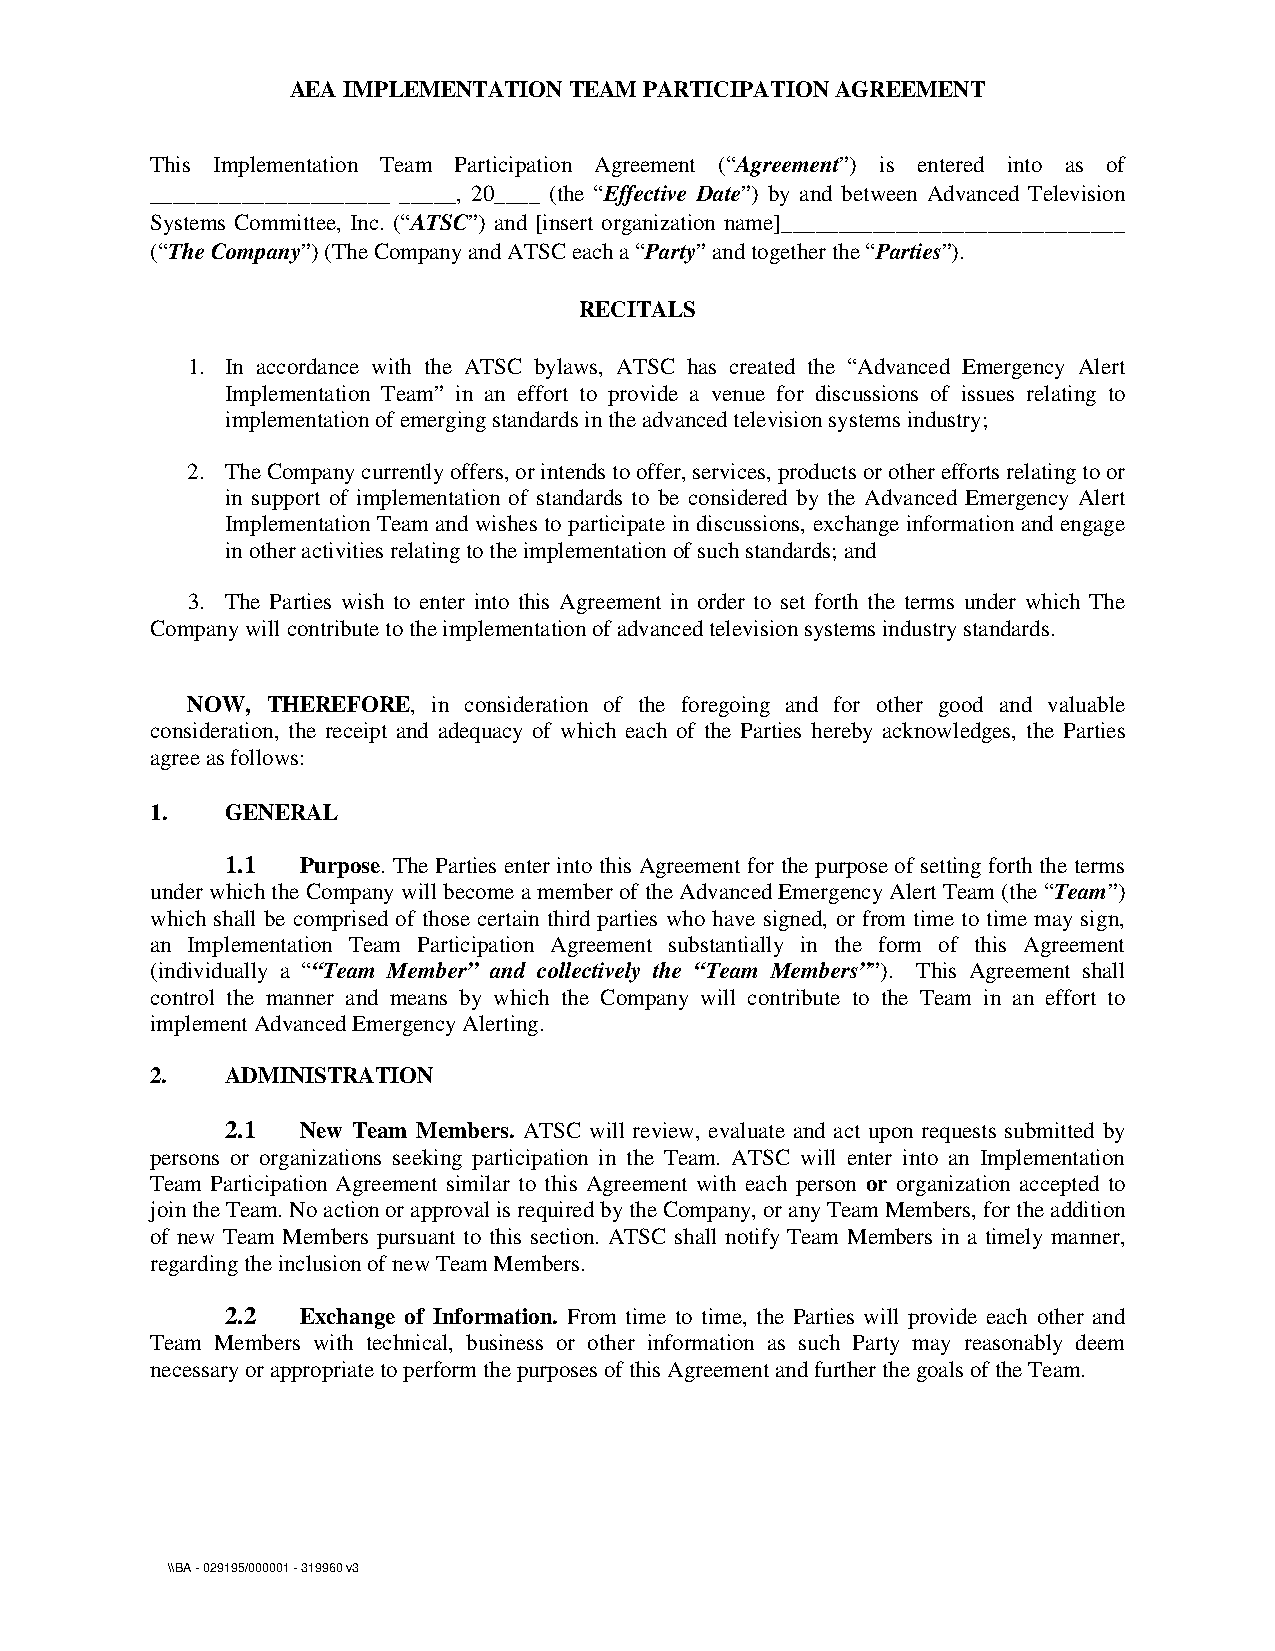
AEA IMPLEMENTATION TEAM PARTICIPATION AGREEMENT
 This Implementation Team Participation Agreement (“Agreement”) is entered into as of
 _____________________ _____, 20____ (the “Effective Date”) by and between Advanced Television
 Systems Committee, Inc. (“ATSC”) and [insert organization name]______________________________
 (“The Company”) (The Company and ATSC each a “Party” and together the “Parties”).
 RECITALS
 1. In accordance with the ATSC bylaws, ATSC has created the “Advanced Emergency Alert
 Implementation Team” in an effort to provide a venue for discussions of issues relating to
 implementation of emerging standards in the advanced television systems industry;
 2. The Company currently offers, or intends to offer, services, products or other efforts relating to or
 in support of implementation of standards to be considered by the Advanced Emergency Alert
 Implementation Team and wishes to participate in discussions, exchange information and engage
 in other activities relating to the implementation of such standards; and
 3. The Parties wish to enter into this Agreement in order to set forth the terms under which The
 Company will contribute to the implementation of advanced television systems industry standards.
 NOW,  THEREFORE, in consideration of the foregoing and for other good and valuable
 consideration, the receipt and adequacy of which each of the Parties hereby acknowledges, the Parties
 agree as follows:
 1.   GENERAL
 1.1  Purpose. The Parties enter into this Agreement for the purpose of setting forth the terms
 under which the Company will become a member of the Advanced Emergency Alert Team (the “Team”)
 which shall be comprised of those certain third parties who have signed, or from time to time may sign,
 an Implementation Team Participation Agreement substantially in the form of this Agreement
 (individually a ““Team Member” and collectively the “Team Members””). This Agreement shall
 control the manner and means by which the Company will contribute to the Team in an effort to
 implement Advanced Emergency Alerting.
 2.   ADMINISTRATION
 2.1  New Team Members. ATSC will review, evaluate and act upon requests submitted by
 persons or organizations seeking participation in the Team. ATSC will enter into an Implementation
 Team Participation Agreement similar to this Agreement with each person or organization accepted to
 join the Team. No action or approval is required by the Company, or any Team Members, for the addition
 of new Team Members pursuant to this section. ATSC shall notify Team Members in a timely manner,
 regarding the inclusion of new Team Members.
 2.2  Exchange of Information. From time to time, the Parties will provide each other and
 Team Members with technical, business or other information as such Party may reasonably deem
 necessary or appropriate to perform the purposes of this Agreement and further the goals of the Team.
 \\BA - 029195/000001 - 319960 v3